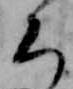
ち